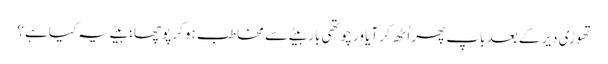
تھوڑی دیر کے بعد باپ پھر اُٹھ کر آیا ور چوتھی بار بیٹے سے مخاطب ہو کر پوچھا؛ بیٹے یہ کیا ہے؟